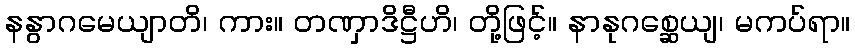
နနွာဂမေယျာတိ၊ ကား။ တဏှာဒိဋ္ဌီဟိ၊ တို့ဖြင့်။ နာနုဂစ္ဆေယျ၊ မကပ်ရာ။